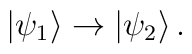
|\psi_1\rangle \rightarrow |\psi_2\rangle\,.